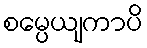
စမ္ပေယျကာပိ